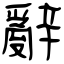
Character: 辭